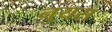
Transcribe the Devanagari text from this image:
नुयस